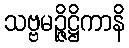
သဗ္ဗမဉ္ဇိဋ္ဌိကာနိ